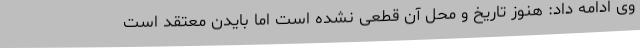
وی ادامه داد: هنوز تاریخ و محل آن قطعی نشده است اما بایدن معتقد است